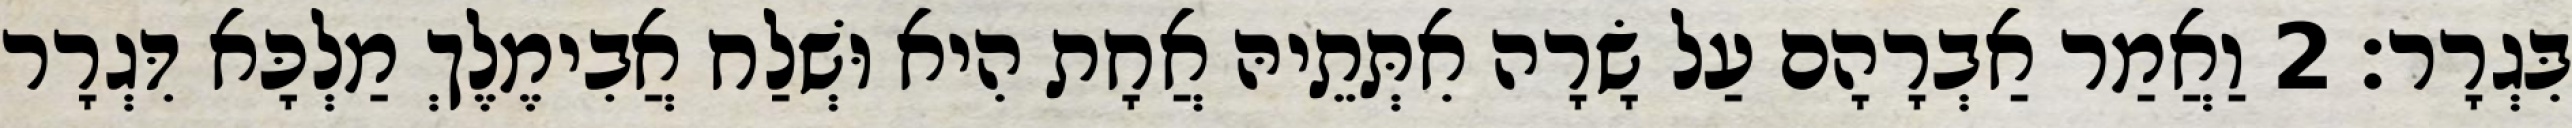
בִּגְרָר׃ 2 וַאֲמַר אַבְרָהָם עַל שָׂרָה אִתְּתֵיהּ אֲחָת הִיא וּשְׁלַח אֲבִימֶלֶךְ מַלְכָּא דִּגְרָר